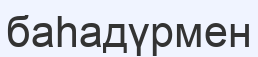
баһадүрмен